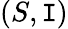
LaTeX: (S,\mathtt{I})